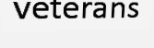
veterans